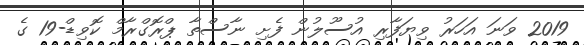
2019 ވަނަ އަހަރު ވިޔަފާރި އުސޫލުން ފެށި ނާސްތާ ޕްރޮގްރާމް ކޮވިޑް-19 ގެ